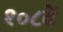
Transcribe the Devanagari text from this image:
१०८वें